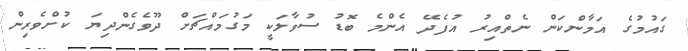
ގައުމުގެ އަމާންކަން ނެތްއިރު އުފެދޭ އެންމެ ބޮޑު ސުވާލަކީ މަގުމައްޗަށް ދޫވެގެންދިޔަ ކުށްވެރިން